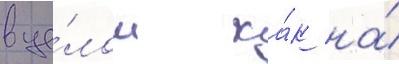
в це́лом ка́к на́